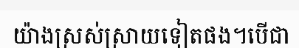
យ៉ាងស្រស់ស្រាយទៀតផង។បើជា